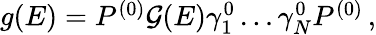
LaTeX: \begin{array}{r}{g(E)=P^{(0)}\mathcal{G}(E)\gamma_{1}^{0}\ldots\gamma_{N}^{0}P^{(0)}\, ,}\end{array}